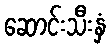
ဆောင်းသီးနှံ